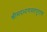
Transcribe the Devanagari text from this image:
श्रीमदभागवतपुराण